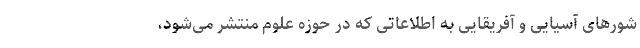
شورهای آسیایی و آفریقایی به اطلاعاتی که در حوزه علوم منتشر می‌شود،